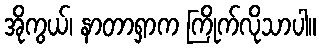
အိုကွယ်၊ နာတာရှာက ကြိုက်လိုသာပါ။